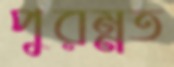
পুরম্নত